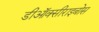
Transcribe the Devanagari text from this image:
डीऑक्सीराइबोस